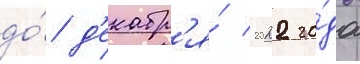
до́ д'екабр'я́ 2022 го́да